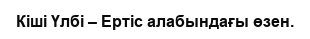
Кіші Үлбі – Ертіс алабындағы өзен.